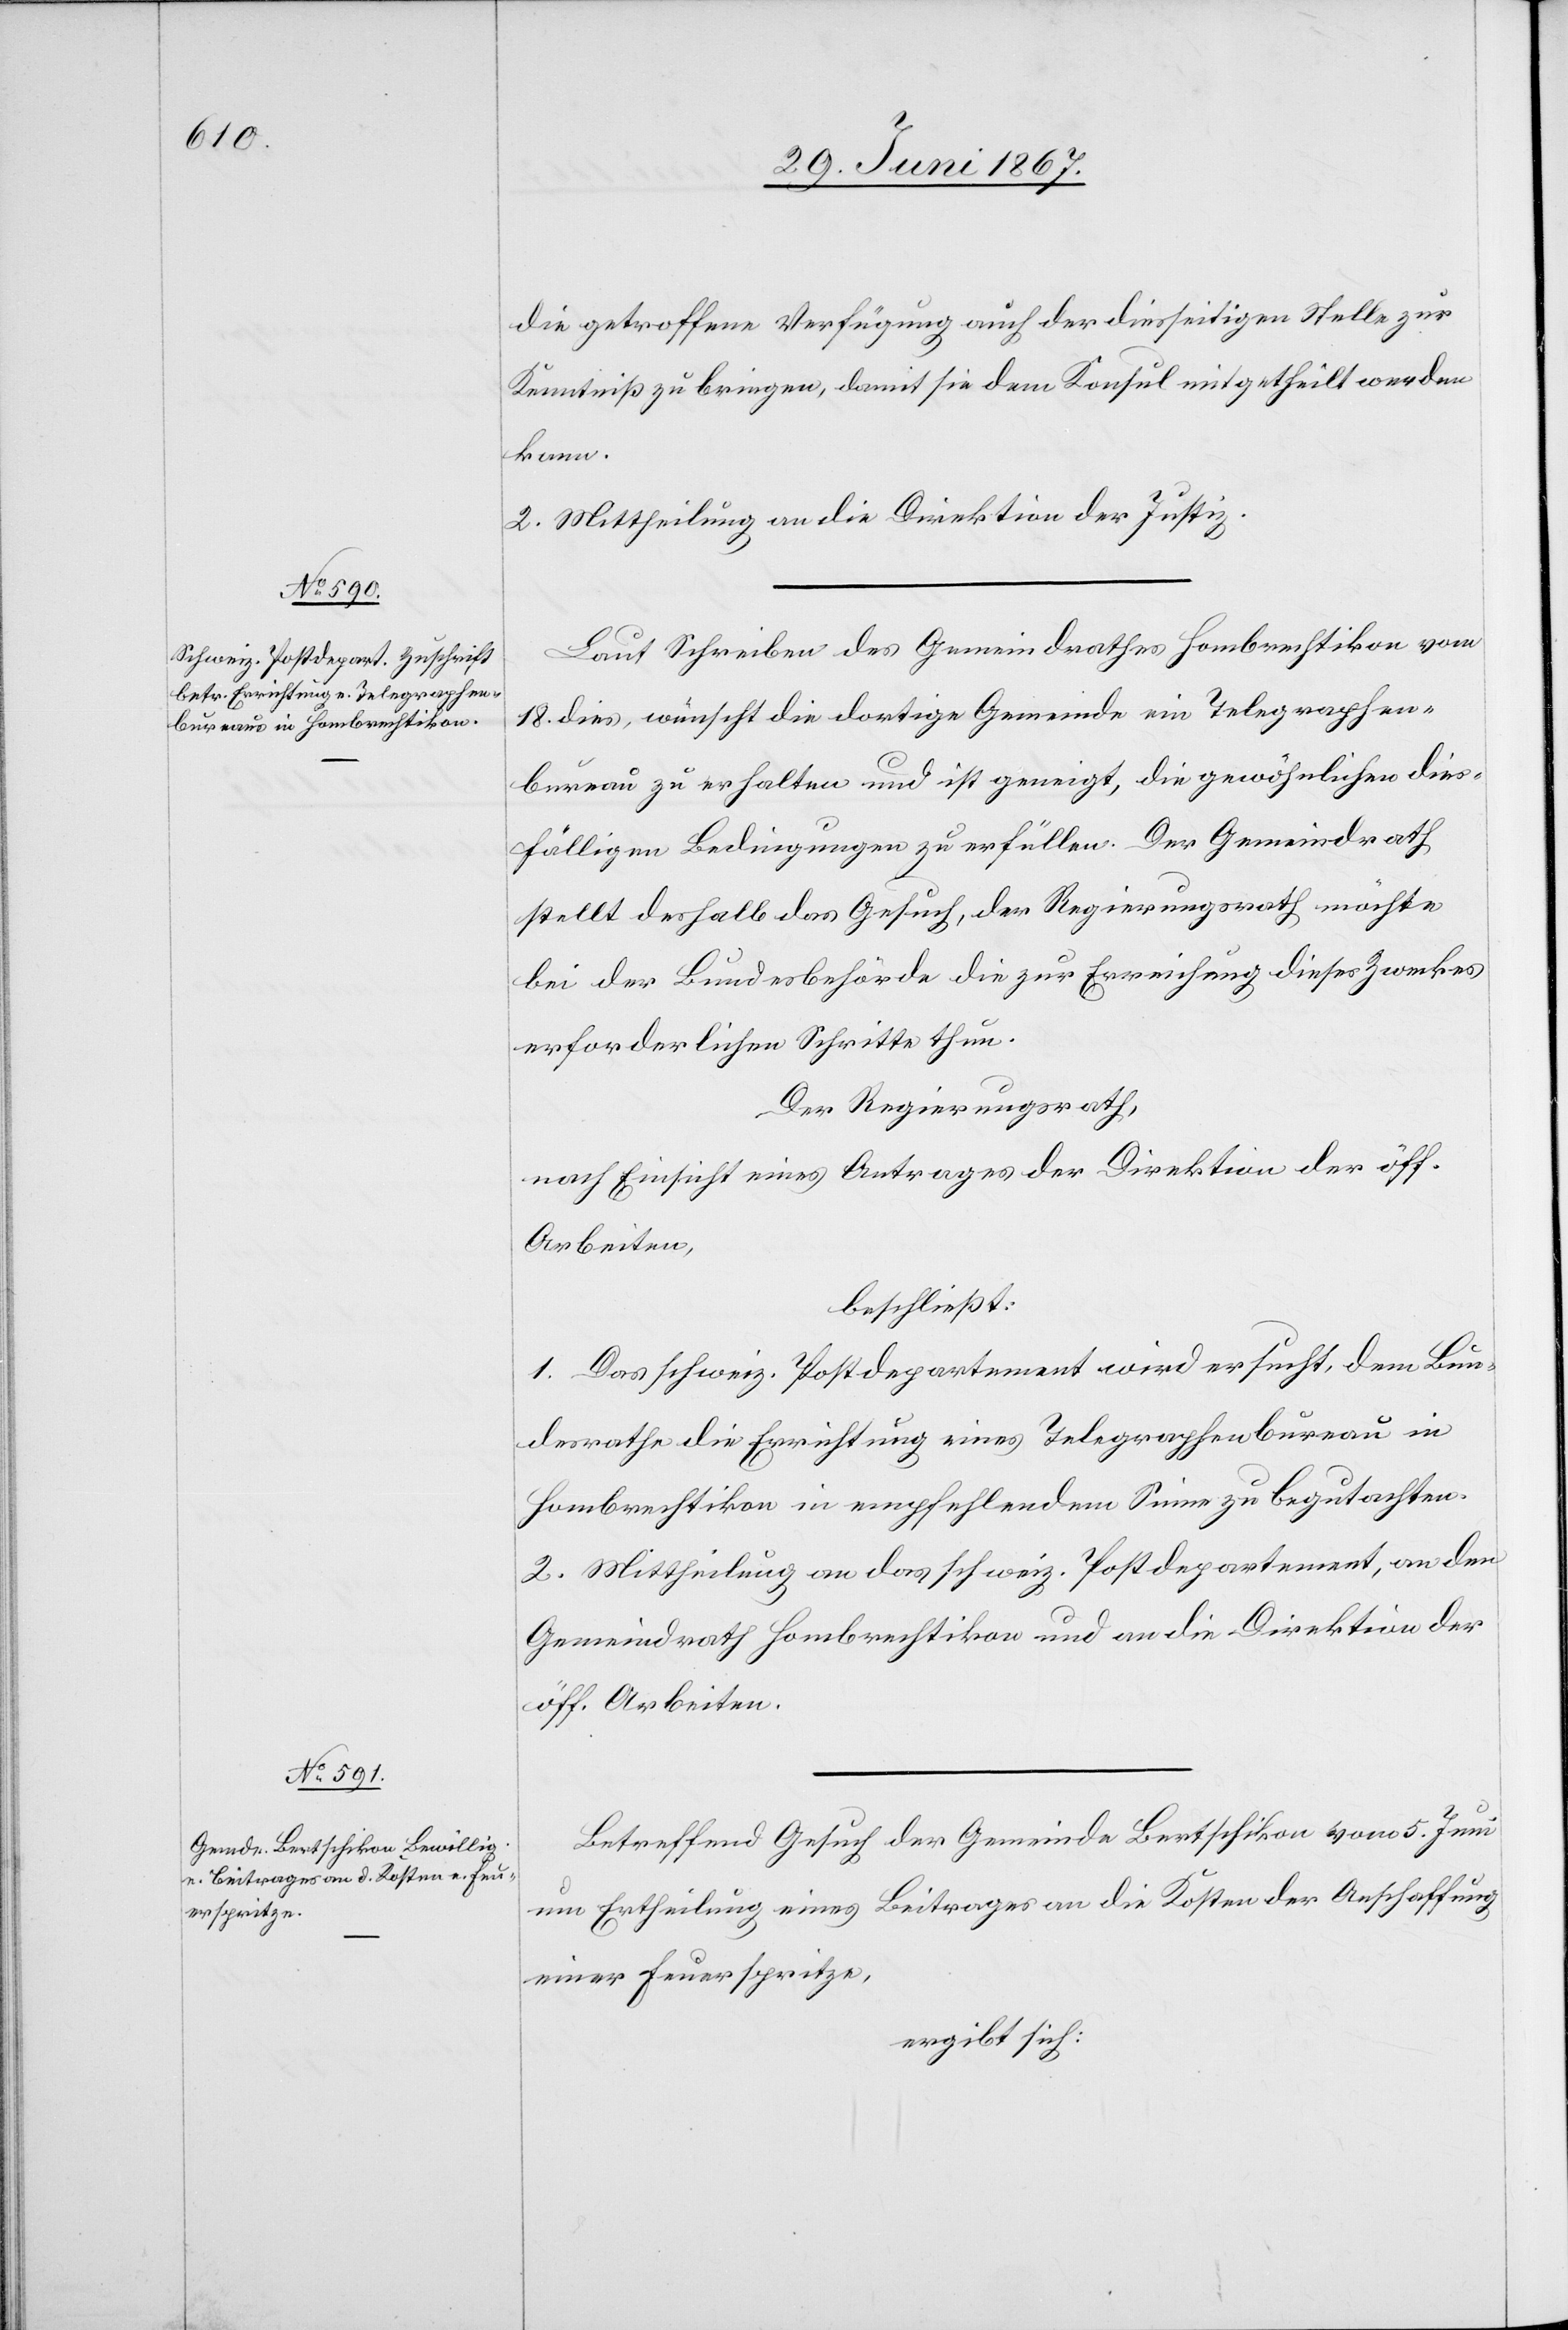
die getroffene Verfügung auch der diesseitigen Stelle zur
Kenntniß zu bringen, damit sie dem Konsul mitgetheilt werden
kann.
2. Mittheilung an die Direktion der Justiz.
Laut Schreiben des Gemeindrathes Hombrechtikon vom
18. dies, wünscht die dortige Gemeinde ein Telegraphen¬
bureau zu erhalten und ist geneigt, die gewöhnlichen dies¬
fälligen Bedingungen zu erfüllen. Der Gemeindrath
stellt deshalb das Gesuch, der Regierungsrath möchte
bei der Bundesbehörde die zur Erreichung dieses Zweckes
erforderlichen Schritte thun.
Der Regierungsrath,
nach Einsicht eines Antrages der Direktion der öff.
Arbeiten,
beschließt:
1. Das schweiz. Postdepartement wird ersucht, dem Bun¬
desrathe die Errichtung eines Telegraphenbureau in
Hombrechtikon in empfehlendem Sinne zu begutachten.
2. Mittheilung an das schweiz. Postdepartement, an den
Gemeindrath Hombrechtikon und an die Direktion der
öff. Arbeiten.
Betreffend Gesuch der Gemeinde Bertschikon vom 5. Juni
um Ertheilung eines Beitrages an die Kosten der Anschaffung
einer Feuerspritze,
ergibt sich: